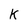
Character: K